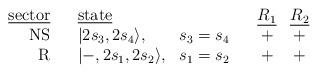
LaTeX: \begin{align*}\begin{array}{r c l c c c c}\mbox{\underline{sector}}&{}&\mbox{\underline{state}}&{}&{}&\mbox{\underline{$R_1$}}&\mbox{\underline{$R_2$}}\\\mbox{NS}&{}&|2s_3,2s_4\rangle,&s_3=s_4&{}&+&+\\\mbox{R}&{}&|-,2s_1,2s_2\rangle,&s_1=s_2&{}&+&+\\\end{array}\end{align*}